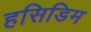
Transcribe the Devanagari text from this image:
हसिडिम